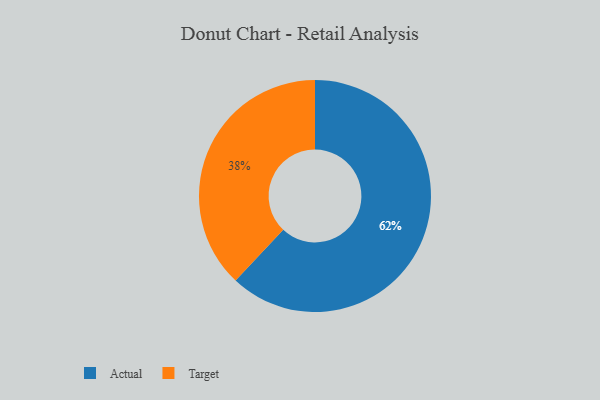
{"axis": {"x": "Category", "y": "Percentage"}, "legend": ["Actual", "Target"], "data": [{"x": "Target", "y": 38, "type": "Target"}, {"x": "Actual", "y": 62, "type": "Actual"}]}